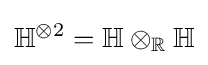
\mathbb {H} ^{\otimes 2}=\mathbb {H} \otimes _{\mathbb {R} }\mathbb {H}